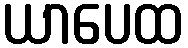
ယာပေထ